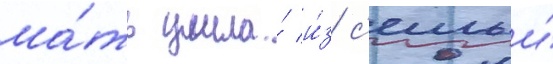
ма́ть ушла́ и́з с'емьи́